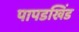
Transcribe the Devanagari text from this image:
पापडखिंड